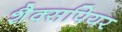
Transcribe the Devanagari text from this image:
शैक्सपियर